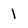
Character: 1